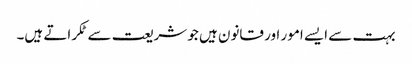
بہت سے ایسے امور اور قانون ہیں جو شریعت سے ٹکراتے ہیں۔